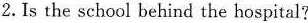
2.Is the school behind the hospital?